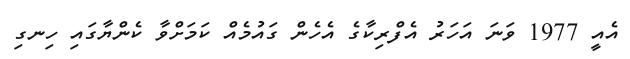
އެއީ 1977 ވަނަ އަހަރު އެފްރިކާގެ އެހެން ގައުމެއް ކަމަށްވާ ކެންޔާގައި ހިނގި